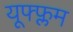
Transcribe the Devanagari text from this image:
यूफ्फ्लम